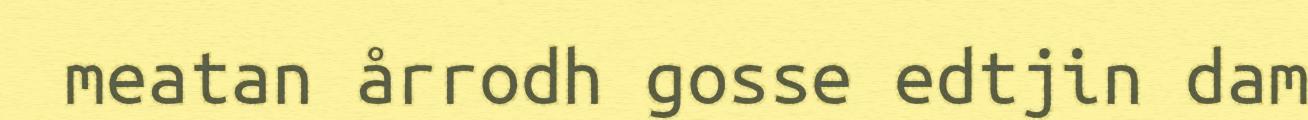
meatan årrodh gosse edtjin dam